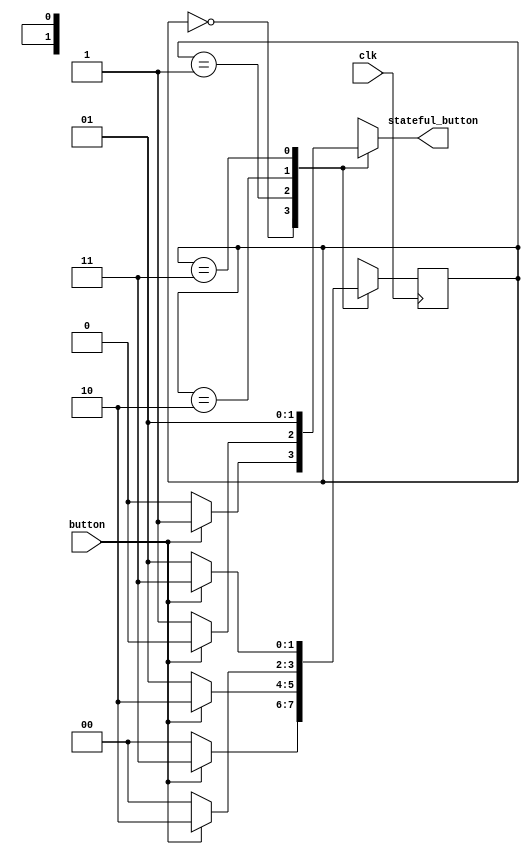
module buttonFsm (
	input clk,
	input button,    
	output stateful_button
);
reg sb;
reg [1:0] state;
initial begin
	sb=0;
	state=0;
end
always @(posedge clk) begin
	case(state)
	0:
	begin
		if (button) begin
			state <=3;
		end
		else begin
			state <=0;	
		end	
	end
	1:
	begin
		if (button) begin
			state <=2;
		end
		else begin
			state <=1;	
		end	
		
	end
	2:
	begin
		if (button) begin
			state <=2;
		end
		else begin
			state <=0;	
		end	
		
	end
	3:
	begin
		if (button) begin
			state <=3;
		end
		else begin
			state <=1;	
		end	
		
	end
	
	default: begin
		
	end
	endcase
	
end
always @(state or button) begin
	case(state)
	0:
	begin
		if (button) begin
			sb=1;
		end
		else begin
			sb=0;	
		end	
	end
	1:
	begin
		if (button) begin
			sb=0;
		end
		else begin
			sb=1;	
		end	
		
	end
	2:
	begin
		if (button) begin
			sb=0;
		end
		else begin
			sb=0;
		end	
		
	end
	3:
	begin
		if (button) begin
			sb=1;
		end
		else begin
			sb=1;
		end	
		
	end
	
	default:
	 begin
		
	end
	endcase
end

assign stateful_button = sb ;

endmodule